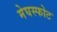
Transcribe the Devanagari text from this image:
मेघस्फोट